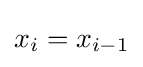
x_{i}=x_{i-1}